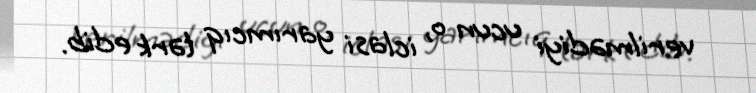
verilmədiyi ucun o, iclasi yarımcıq tərk edib.